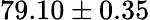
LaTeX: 79.10\pm 0.35